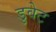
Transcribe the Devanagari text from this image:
डुवेट